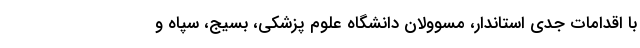
با اقدامات جدی استاندار، مسوولان دانشگاه علوم پزشکی، بسیج، سپاه و